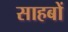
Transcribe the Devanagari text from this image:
साहबों